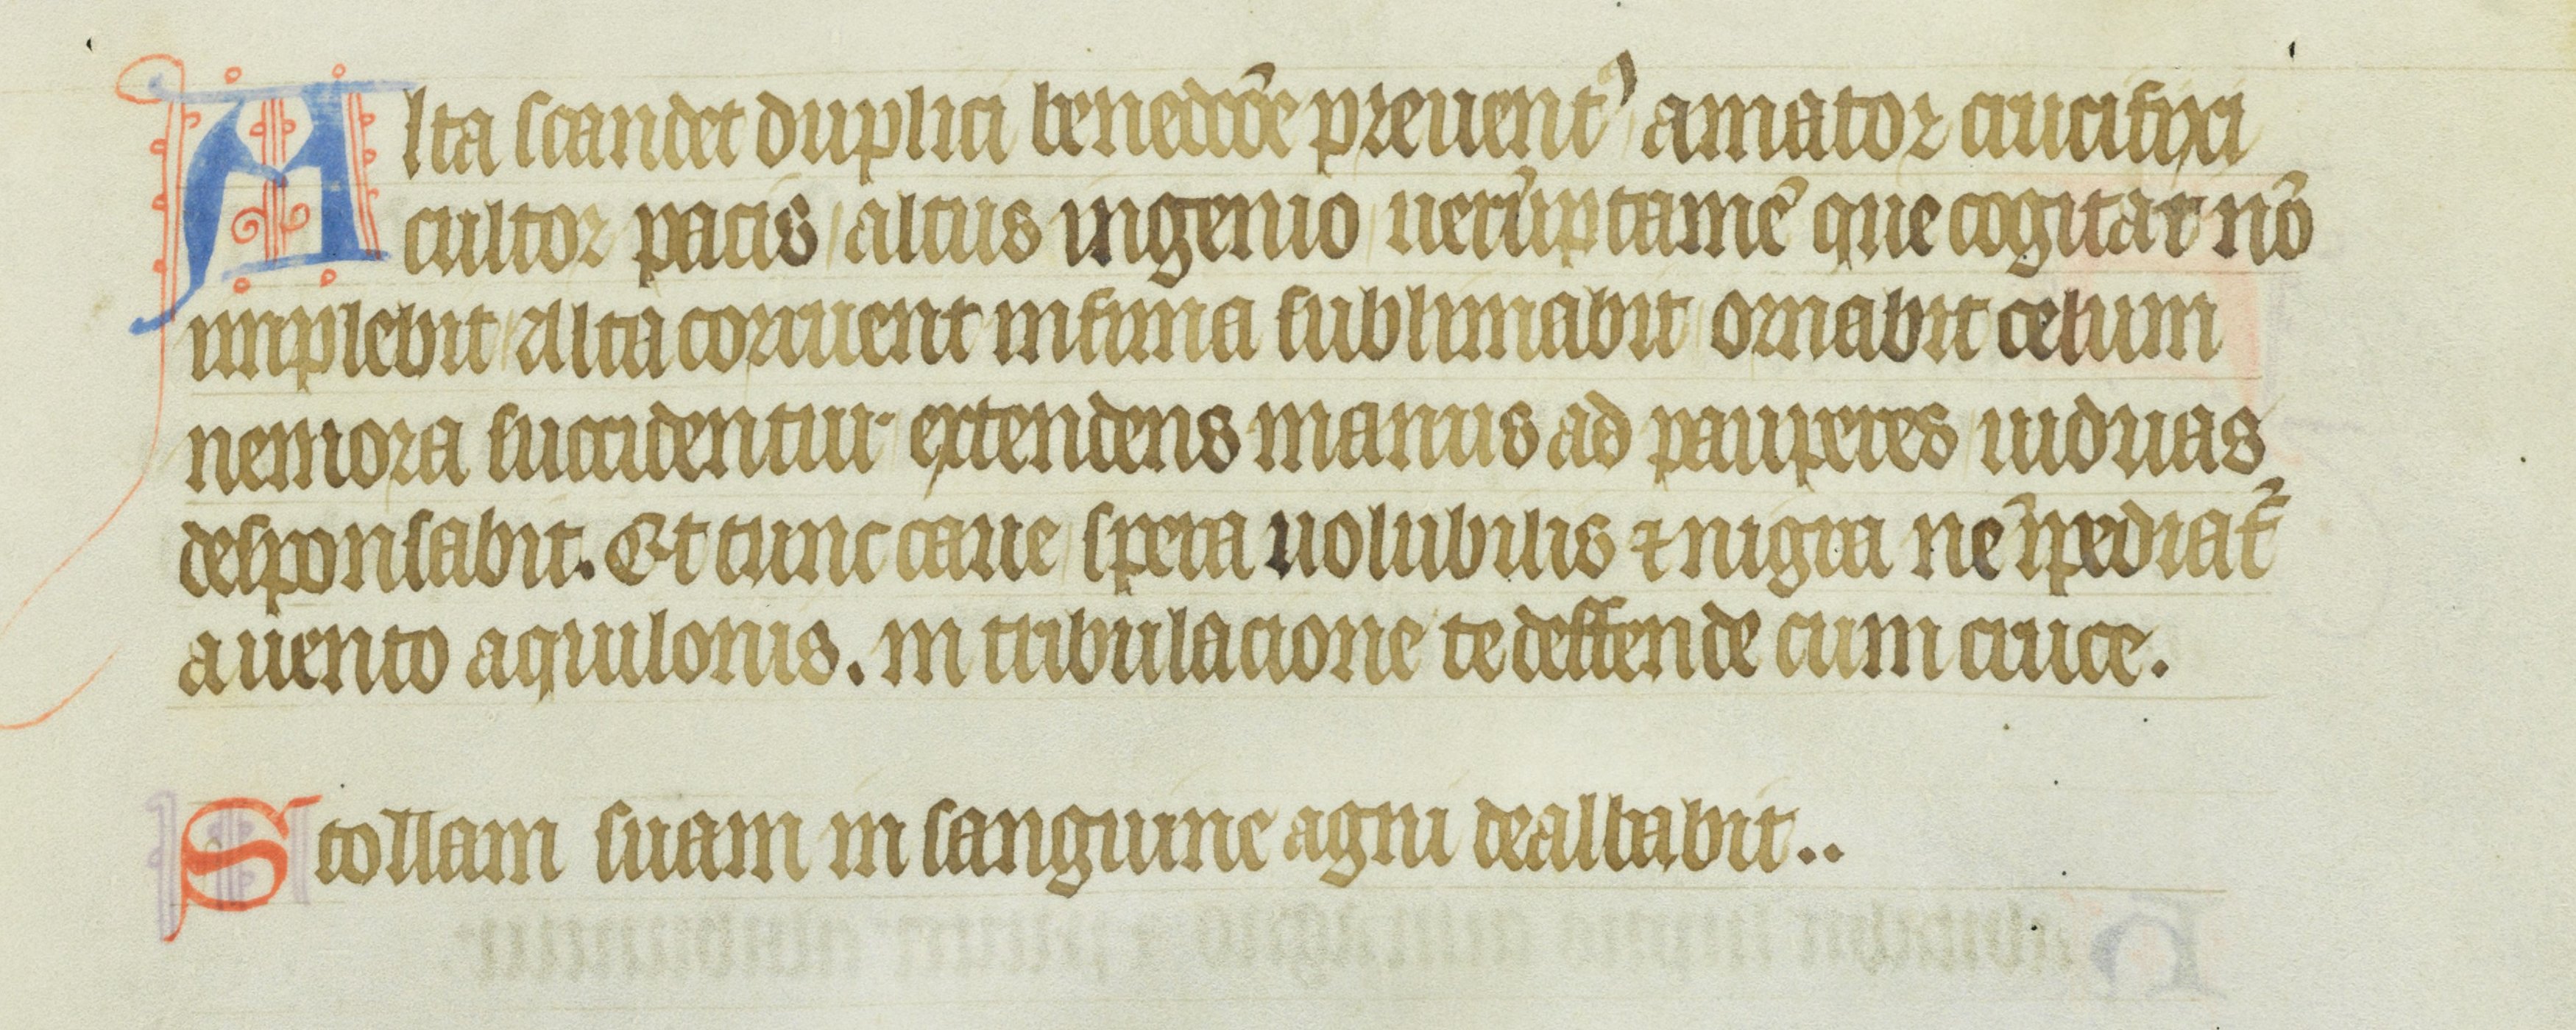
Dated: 1355–1375